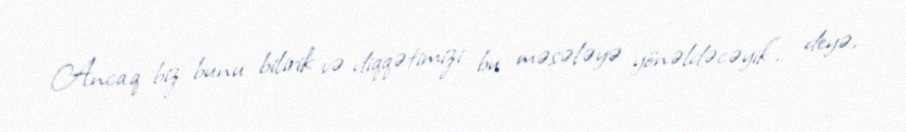
Ancaq biz bunu bilirik və diqqətimizi bu məsələyə yönəldəcəyik", - deyə,